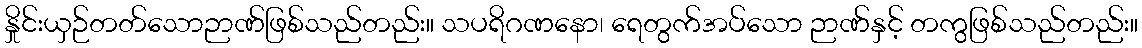
နှိုင်းယှဉ်တတ်သောဉာဏ်ဖြစ်သည်တည်း။ သပရိဂဏနော၊ ရေတွက်အပ်သော ဉာဏ်နှင့် တကွဖြစ်သည်တည်း။